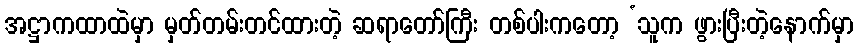
အဋ္ဌာကထာထဲမှာ မှတ်တမ်းတင်ထားတဲ့ ဆရာတော်ကြီး တစ်ပါးကတော့ ‘သူက ဖွားပြီးတဲ့နောက်မှာ